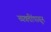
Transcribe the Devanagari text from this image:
व्यक्तींपासून